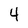
Character: 4